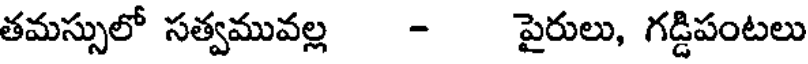
తమస్సులో సత్వమువల్ల - పైరులు, గడ్డిపంటలు